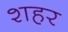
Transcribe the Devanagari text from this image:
श्‍ाहर